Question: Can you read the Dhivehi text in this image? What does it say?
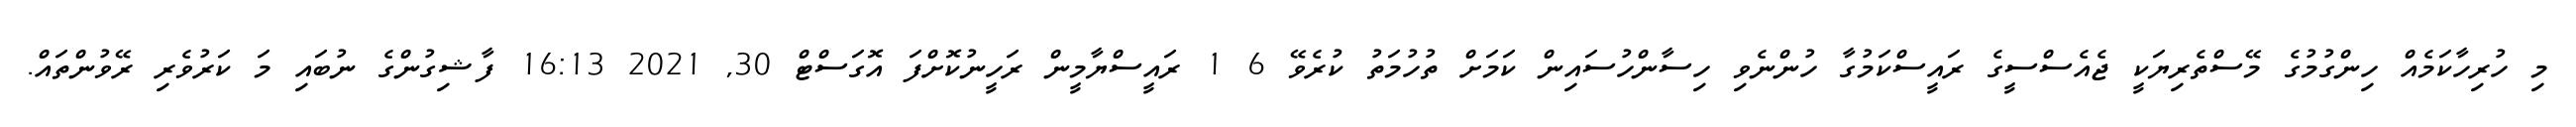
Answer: މި ހުރިހާކަމެއް ހިންގުމުގެ މޭސްތެރިޔަކީ ޖެއެސްސީގެ ރައީސްކަމުގާ ހުންނެވި ހިސާންހުސައިން ކަމަށް ތުހުމަތު ކުރެވޭ 6 1 ރައީސްޔާމީން ރަހީނުކޮށްފަ އޮގަސްޓް 30, 2021 16:13 ފާޝިގުންގެ ނުބައި މަ ކަރުވެރި ރޭވުންތައް.